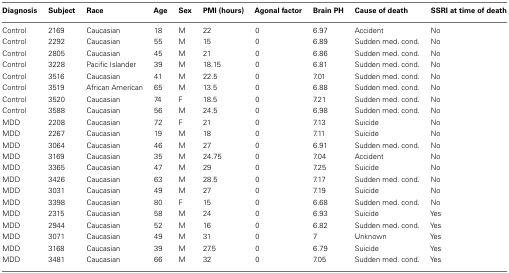
| Diagnosis | Subject | Race | Age | Sex | PMI (hours) | Agonal factor | Brain PH | Cause of death | SSRI at time of death |
 | --- | --- | --- | --- | --- | --- | --- | --- | --- | --- |
 | Control | 2169 | Caucasian | 18 | M | 22 | 0 | 6.97 | Accident | No |
 | Control | 2292 | Caucasian | 55 | M | 15 | 0 | 6.89 | Sudden med. cond. | No |
 | Control | 2805 | Caucasian | 45 | M | 21 | 0 | 6.86 | Sudden med. cond. | No |
 | Control | 3228 | Pacific Islander | 39 | M | 18.15 | 0 | 6.81 | Sudden med. cond. | No |
 | Control | 3516 | Caucasian | 41 | M | 22.5 | 0 | 7.01 | Sudden med. cond. | No |
 | Control | 3519 | African American | 65 | M | 13.5 | 0 | 6.88 | Sudden med. cond. | No |
 | Control | 3520 | Caucasian | 74 | F | 18.5 | 0 | 7.21 | Sudden med. cond. | No |
 | Control | 3588 | Caucasian | 56 | M | 24.5 | 0 | 6.98 | Sudden med. cond. | No |
 | MDD | 2208 | Caucasian | 72 | F | 21 | 0 | 7.13 | Suicide | No |
 | MDD | 2267 | Caucasian | 19 | M | 18 | 0 | 7.11 | Suicide | No |
 | MDD | 3064 | Caucasian | 46 | M | 27 | 0 | 6.91 | Sudden med. cond. | No |
 | MDD | 3169 | Caucasian | 35 | M | 24.75 | 0 | 7.04 | Accident | No |
 | MDD | 3365 | Caucasian | 47 | M | 29 | 0 | 7.25 | Suicide | No |
 | MDD | 3426 | Caucasian | 63 | M | 28.5 | 0 | 7.17 | Sudden med. cond. | No |
 | MDD | 3031 | Caucasian | 49 | M | 27 | 0 | 7.19 | Suicide | No |
 | MDD | 3398 | Caucasian | 80 | F | 15 | 0 | 6.68 | Sudden med. cond. | No |
 | MDD | 2315 | Caucasian | 58 | M | 24 | 0 | 6.93 | Suicide | Yes |
 | MDD | 2944 | Caucasian | 52 | M | 16 | 0 | 6.82 | Sudden med. cond. | Yes |
 | MDD | 3071 | Caucasian | 49 | M | 31 | 0 | 7 | Unknown | Yes |
 | MDD | 3168 | Caucasian | 39 | M | 27.5 | 0 | 6.79 | Suicide | Yes |
 | MDD | 3481 | Caucasian | 66 | M | 32 | 0 | 7.05 | Sudden med. cond. | Yes |